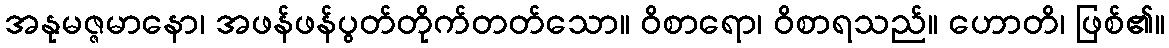
အနုမဇ္ဇမာနော၊ အဖန်ဖန်ပွတ်တိုက်တတ်သော။ ဝိစာရော၊ ဝိစာရသည်။ ဟောတိ၊ ဖြစ်၏။